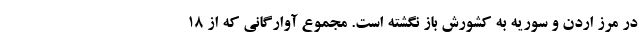
در مرز اردن و سوریه به کشورش باز نگشته است. مجموع آوارگانی که از ۱۸